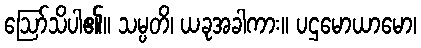
ဩော်သိပါ၏။ သမ္ပတိ၊ ယခုအခါကား။ ပဌမောယာမော၊